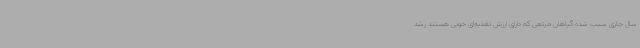
سال جاری سبب شده گیاهان مرتعی که دارای ارزش تغذیه‌ای خوبی هستند رشد